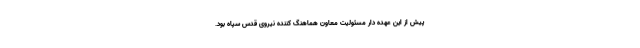
پیش از این عهده دار مسئولیت معاون هماهنگ کننده نیروی قدس سپاه بود.